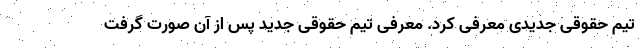
تیم حقوقی جدیدی معرفی کرد. معرفی تیم حقوقی جدید پس از آن صورت گرفت